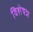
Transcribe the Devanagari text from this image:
विशेषञ